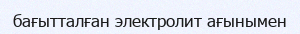
бағытталған электролит ағынымен